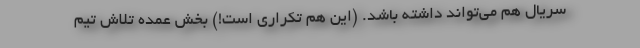
سریال هم می‌تواند داشته باشد. (این هم تکراری است!) بخش عمده تلاش تیم